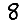
Digit: 8